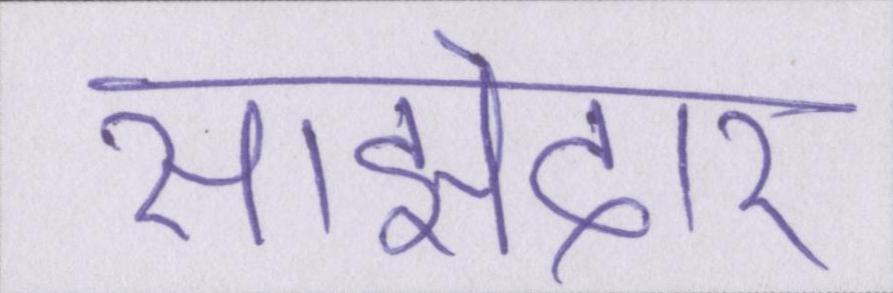
साझेदार